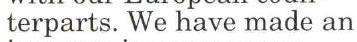
terparts. We have made an